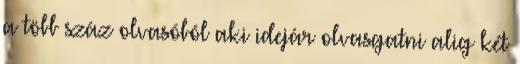
a több száz olvasóból aki idejár olvasgatni alig két